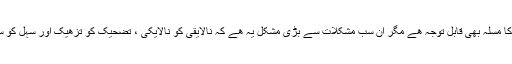
ٹی وی انکر کے تلفظ کا مسلہ بھی قابل توجہ ھے مگر ان سب مشکلات سے بڑی مشکل یہ ھے کہ نالایقی کو نالایکی ، تضحیک کو تزھیک اور سہل کو سحل لکھا جا رھا ھے ۔